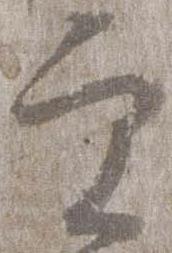
実